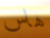
هاس